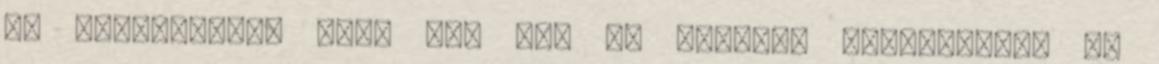
is ügyesebbek, mint ti. Na, ők speciel vietnamiak, de